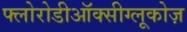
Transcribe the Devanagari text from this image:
फ्लोरोडीऑक्सीग्लूकोज़